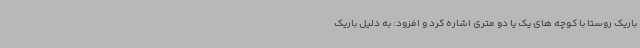
باریک روستا با کوچه های یک یا دو متری اشاره کرد و افزود: به دلیل باریک